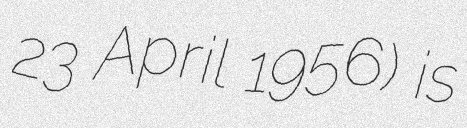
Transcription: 23 April 1956) is